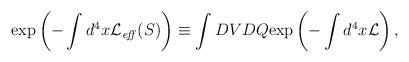
LaTeX: \begin{align*}\exp\left(-\int d^4x {\cal L}_{\it eff}(S)\right) \equiv \int DV DQ \mbox{exp}\left(-\int d^4x {\cal L}\right),\end{align*}